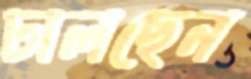
ঢালছেন